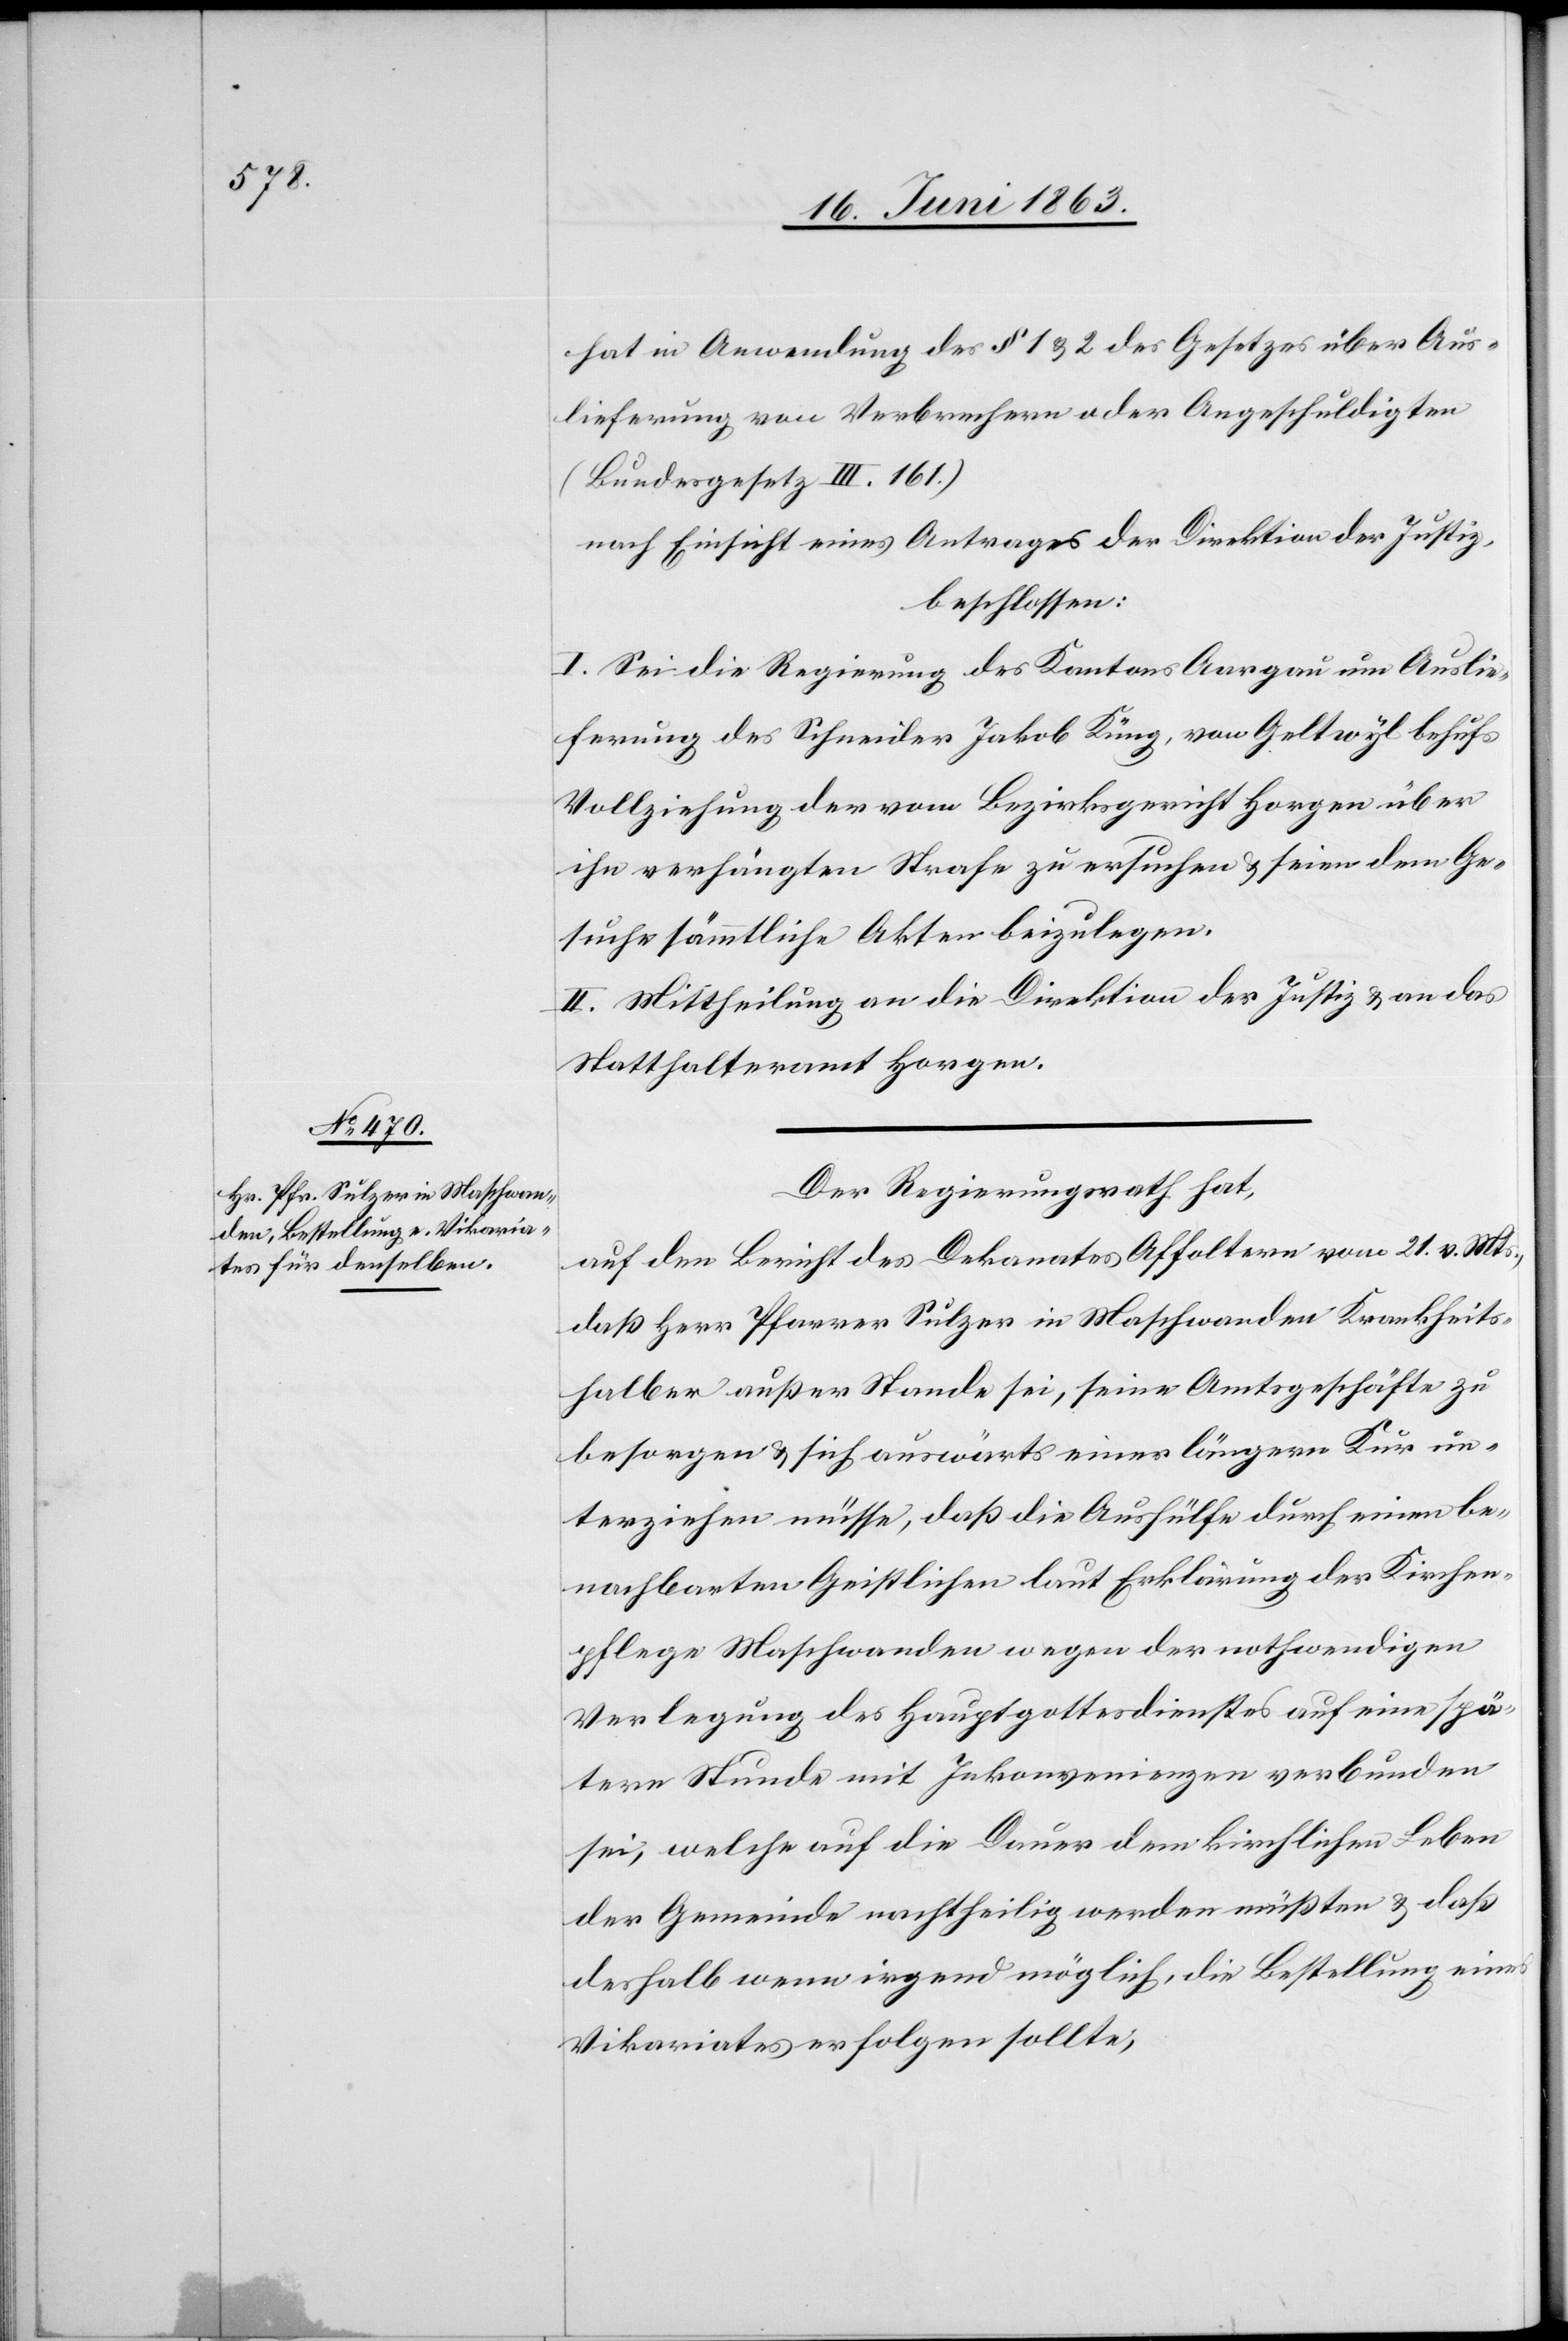
hat in Anwendung des § 1 & 2 des Gesetzes über Aus¬
lieferung von Verbrechern oder Angeschuldigten
(Bundesgesetz III. 161)
nach Einsicht eines Antrages der Direktion der Justiz,
beschlossen:
I. Sei die Regierung des Kantons Aargau um Auslie¬
ferung des Schneider Jakob Küng, von Geltwyl behufs
Vollziehung der vom Bezirksgericht Horgen über
ihn verhängten Strafe zu ersuchen & seien dem Ge¬
suche sämmtliche Akten beizulegen.
II. Mittheilung an die Direktion der Justiz & an das
Statthalteramt Horgen.
Der Regierungsrath hat,
auf den Bericht des Dekanates Affoltern vom 21. v. Mts.,
daß Herr Pfarrer Sulzer in Maschwanden Krankheits¬
halber außer Stande sei, seine Amtsgeschäfte zu
besorgen & sich auswärts einer längern Kur un¬
terziehen müsse, daß die Aushülfe durch einen be¬
nachbarten Geistlichen laut Erklärung der Kirchen¬
pflege Maschwanden wegen der nothwendigen
Verlegung des Hauptgottesdienstes auf eine spä¬
tere Stunde mit Inkonvenienzen verbunden
sei, welche auf die Dauer dem kirchlichen Leben
der Gemeinde nachtheilig werden müßten & daß
deshalb wenn irgend möglich, die Bestellung eines
Vikariates erfolgen sollte,